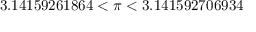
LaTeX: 3 . 1 4 1 5 9 2 6 1 8 6 4 < \pi < 3 . 1 4 1 5 9 2 7 0 6 9 3 4